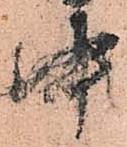
中